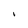
Character: l